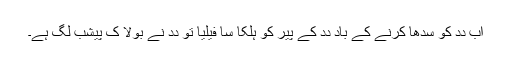
اَب دِدِ کو سِدھا کرنے کے باد دِدِ کے پیر کو ہلکا سا فیلیا تو دِدِ نے بولا کِ پیشب لگِ ہے۔